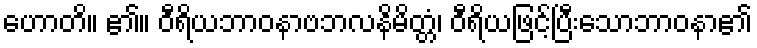
ဟောတိ။ ၏။ ဝီရိယဘာဝနာဗဘလနိမိတ္တံ၊ ဝီရိယဖြင့်ပြီးသောဘာဝနာ၏